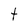
Character: t